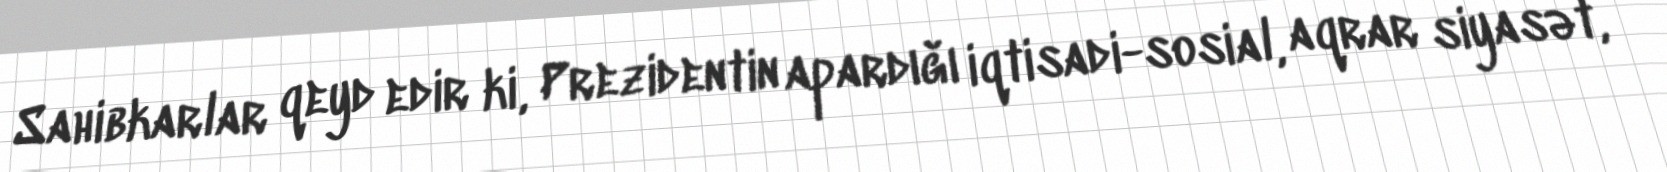
Sahibkarlar qeyd edir ki, Prezidentin apardığı iqtisadi-sosial, aqrar siyasət,